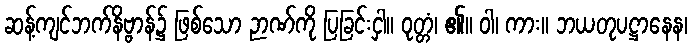
ဆန့်ကျင်ဘက်နိဗ္ဗာန်၌ ဖြစ်သော ဉာဏ်ကို ပြခြင်းငှါ။ ဝုတ္တံ၊ ၏။ ဝါ၊ ကား။ ဘယတုပဋ္ဌာနေန၊